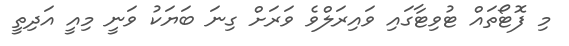
މި ފޮޓޯތައް ޓުވިޓާގައި ވައިރަލްވެ ވަރަށް ގިނަ ބަޔަކު ވަނީ މިއީ އަދިތީ